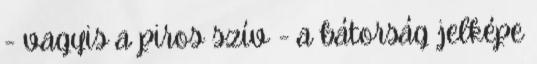
- vagyis a piros szív - a bátorság jelképe